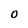
Character: 0